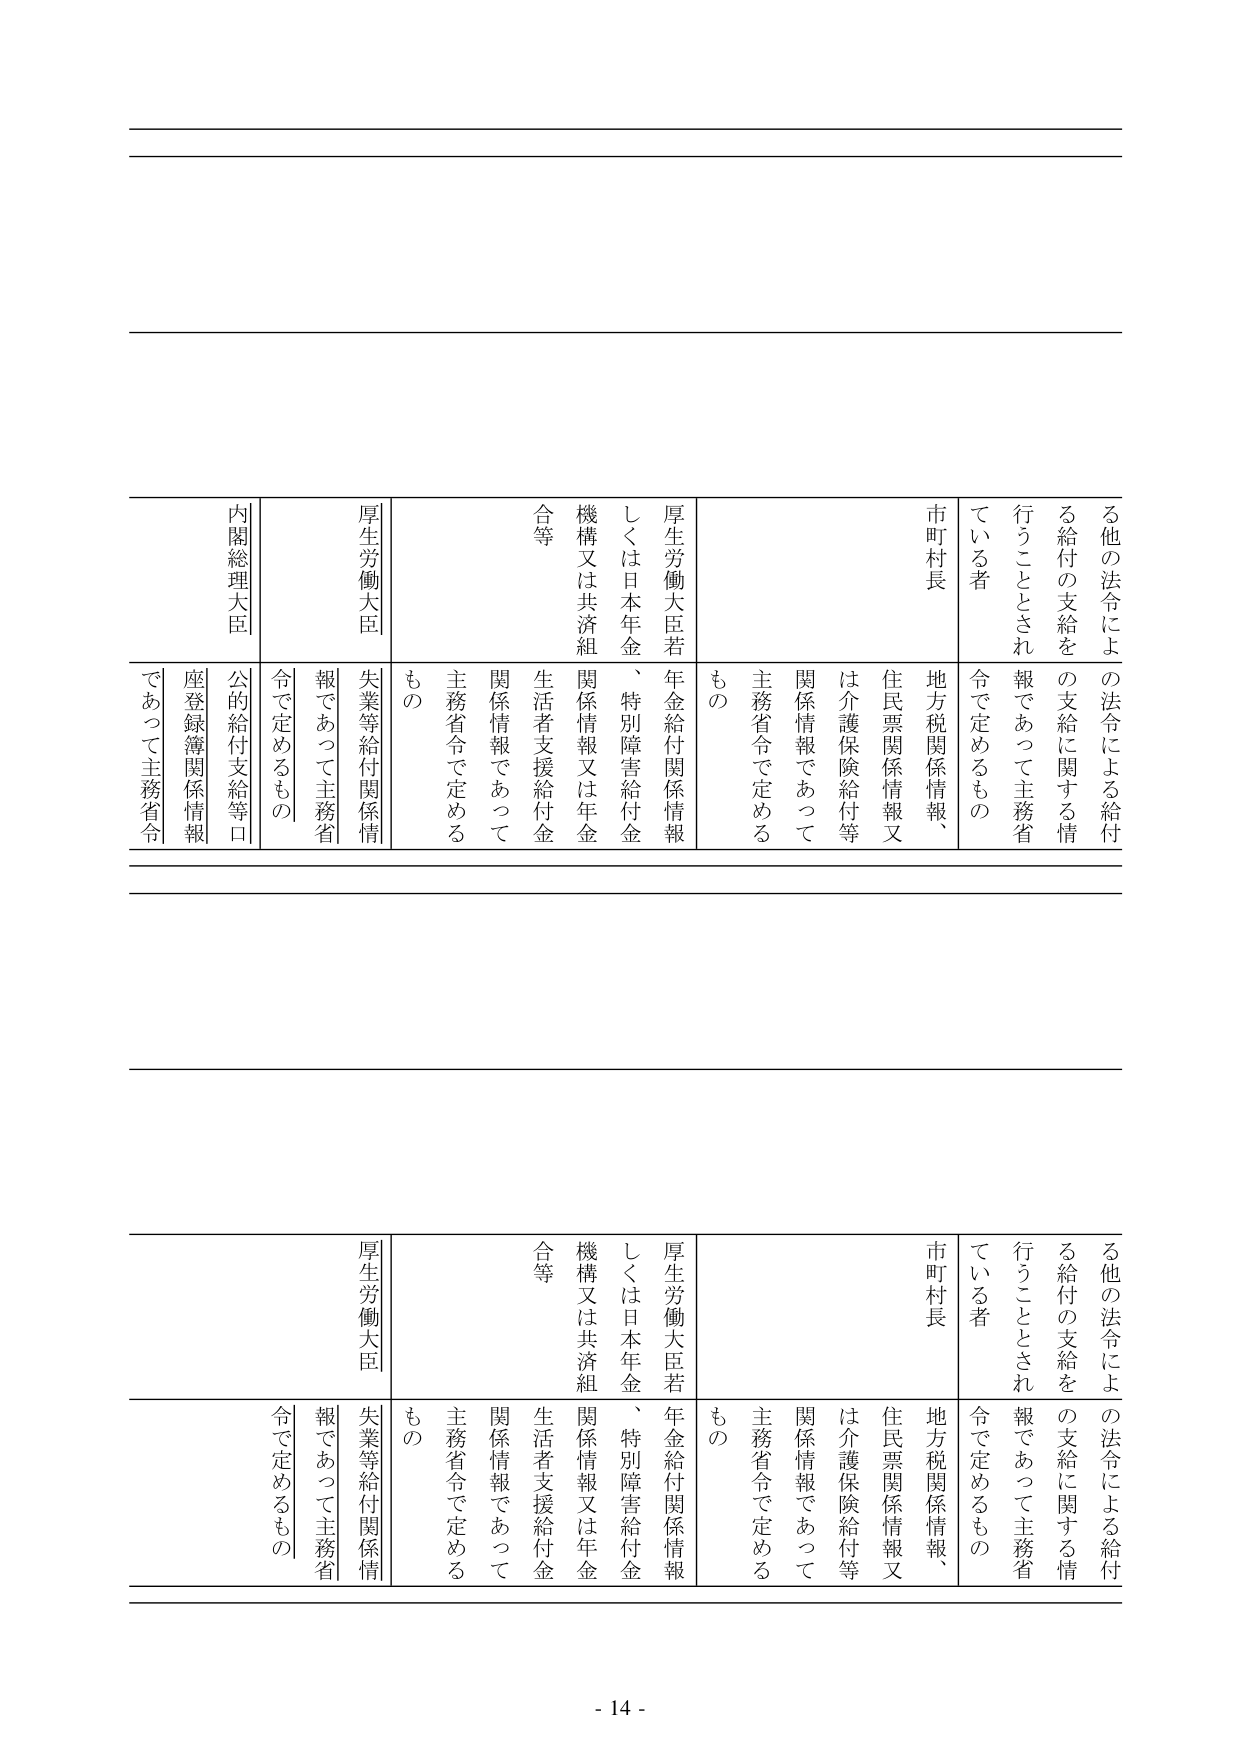
る他の法令による給付の支給を
行うこととされている者
市町村長
厚生労働大臣若しくは日本年金機構又は共済組合等
厚生労働大臣
内閣総理大臣
の法令による給付の支給に関する情報であって主務省令で定めるもの
地方税関係情報、住民票関係情報又は介護保険給付等関係情報であって主務省令で定めるもの
年金給付関係情報、特別障害給付金関係情報又は年金生活者支援給付金関係情報であって主務省令で定めるもの
失業等給付関係情報であって主務省令で定めるもの
公的給付支給等口座登録関係情報であって主務省令

る他の法令による給付の支給を
行うこととされている者
市町村長
厚生労働大臣若しくは日本年金機構又は共済組合等
厚生労働大臣
の法令による給付の支給に関する情報であって主務省令で定めるもの
地方税関係情報、住民票関係情報又は介護保険給付等関係情報であって主務省令で定めるもの
年金給付関係情報、特別障害給付金関係情報又は年金生活者支援給付金関係情報であって主務省令で定めるもの
失業等給付関係情報であって主務省令で定めるもの
公的給付支給等口座登録関係情報であって主務省令

- 14 -